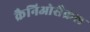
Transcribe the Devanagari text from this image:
क्रैनिओसैक्रल